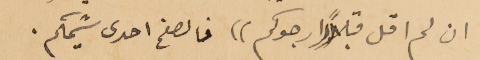
ان لم اقل قبلًا ((ارجوكم)) فالصفح احدى شيمكم.